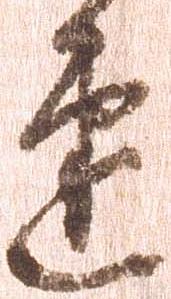
速